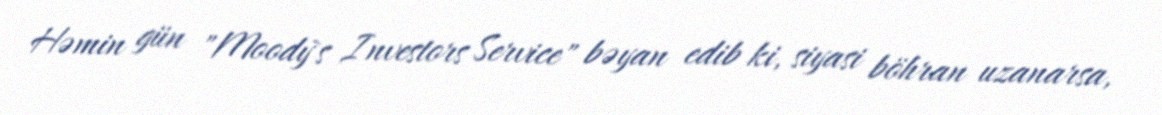
Həmin gün "Moody`s Investors Service" bəyan edib ki, siyasi böhran uzanarsa,